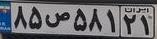
۸۵ص۵۸۱۲۱